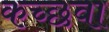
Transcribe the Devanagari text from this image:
कच्छवा